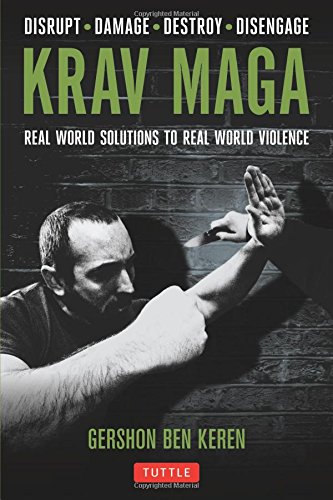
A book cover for Krav Maga: Real World Solutions to Real World Violence; Gershon Ben Keren; Sports & Outdoors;